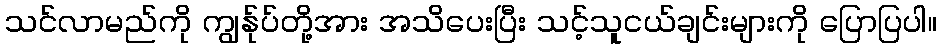
သင်လာမည်ကို ကျွန်ုပ်တို့အား အသိပေးပြီး သင့်သူငယ်ချင်းများကို ပြောပြပါ။